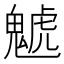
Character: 䰧